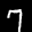
Label: 7